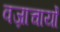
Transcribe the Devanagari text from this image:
वज्राचार्यों